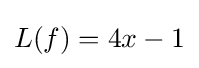
L(f)=4x-1